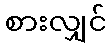
စားလျှင်